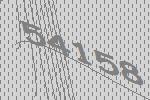
54158